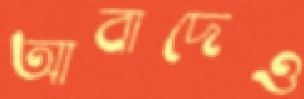
আবাদেও